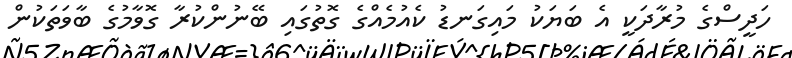
ހަދީސްގެ މުރާދަކީ އެ ބަޔަކު މައިގަނޑު ކެއުމެއްގެ ގޮތުގައި ބޭނުންކުރާ ގޮވާމުގެ ބާވަތަކުން